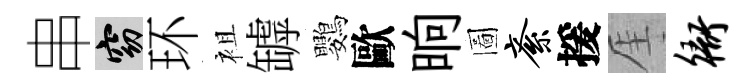
串窈环袓罅鸚歐晌圖紊援厓衙